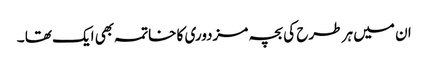
ان میں ہر طرح کی بچہ مزدوری کا خاتمہ بھی ایک تھا ۔